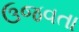
ઉજવતા